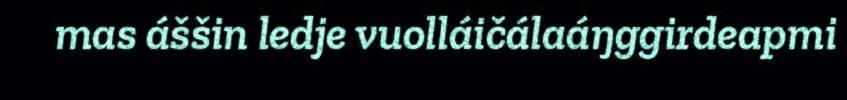
mas áššin ledje vuolláičálaáŋggirdeapmi